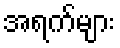
အရက်များ